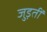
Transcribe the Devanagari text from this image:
जुड़तीं